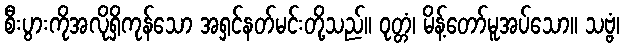
စီးပွားကိုအလိုရှိကုန်သော အရှင်နတ်မင်းတို့သည်။ ဝုတ္တံ၊ မိန့်တော်မူအပ်သော။ သဗ္ဗံ၊